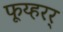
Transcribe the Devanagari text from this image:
फूय्हरर्